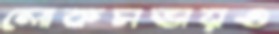
লোকসভায়ও